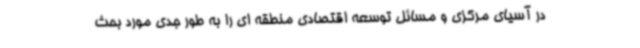
در آسیای مرکزی و مسائل توسعه اقتصادی منطقه ای را به طور جدی مورد بحث